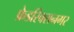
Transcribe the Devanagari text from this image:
फ्रेडरिक्सनगर